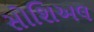
સોશિઅલ